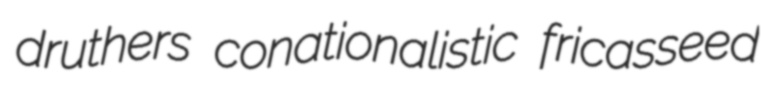
druthers conationalistic fricasseed